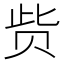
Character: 赀